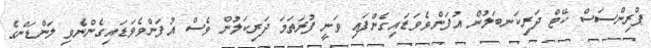
ޕްރިންސަސް ކޭޓް ދަރިކަނބަލުން އުފަންވެވަޑައިގެންފައި ވަނީ ފުރަތަމަ ދަރިކަލުން ވެސް އުފަންވެވަޑައިގެންނެވި ލަންޑަންގެ